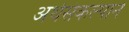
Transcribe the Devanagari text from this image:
अर्थसंकल्पाने